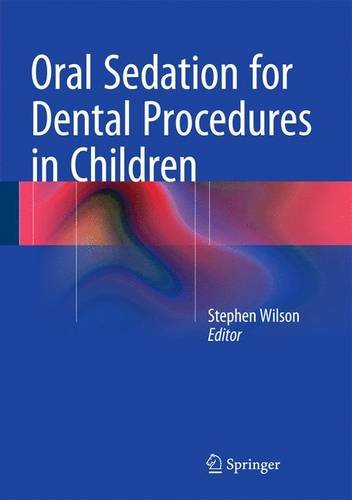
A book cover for Oral Sedation for Dental Procedures in Children; Medical Books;